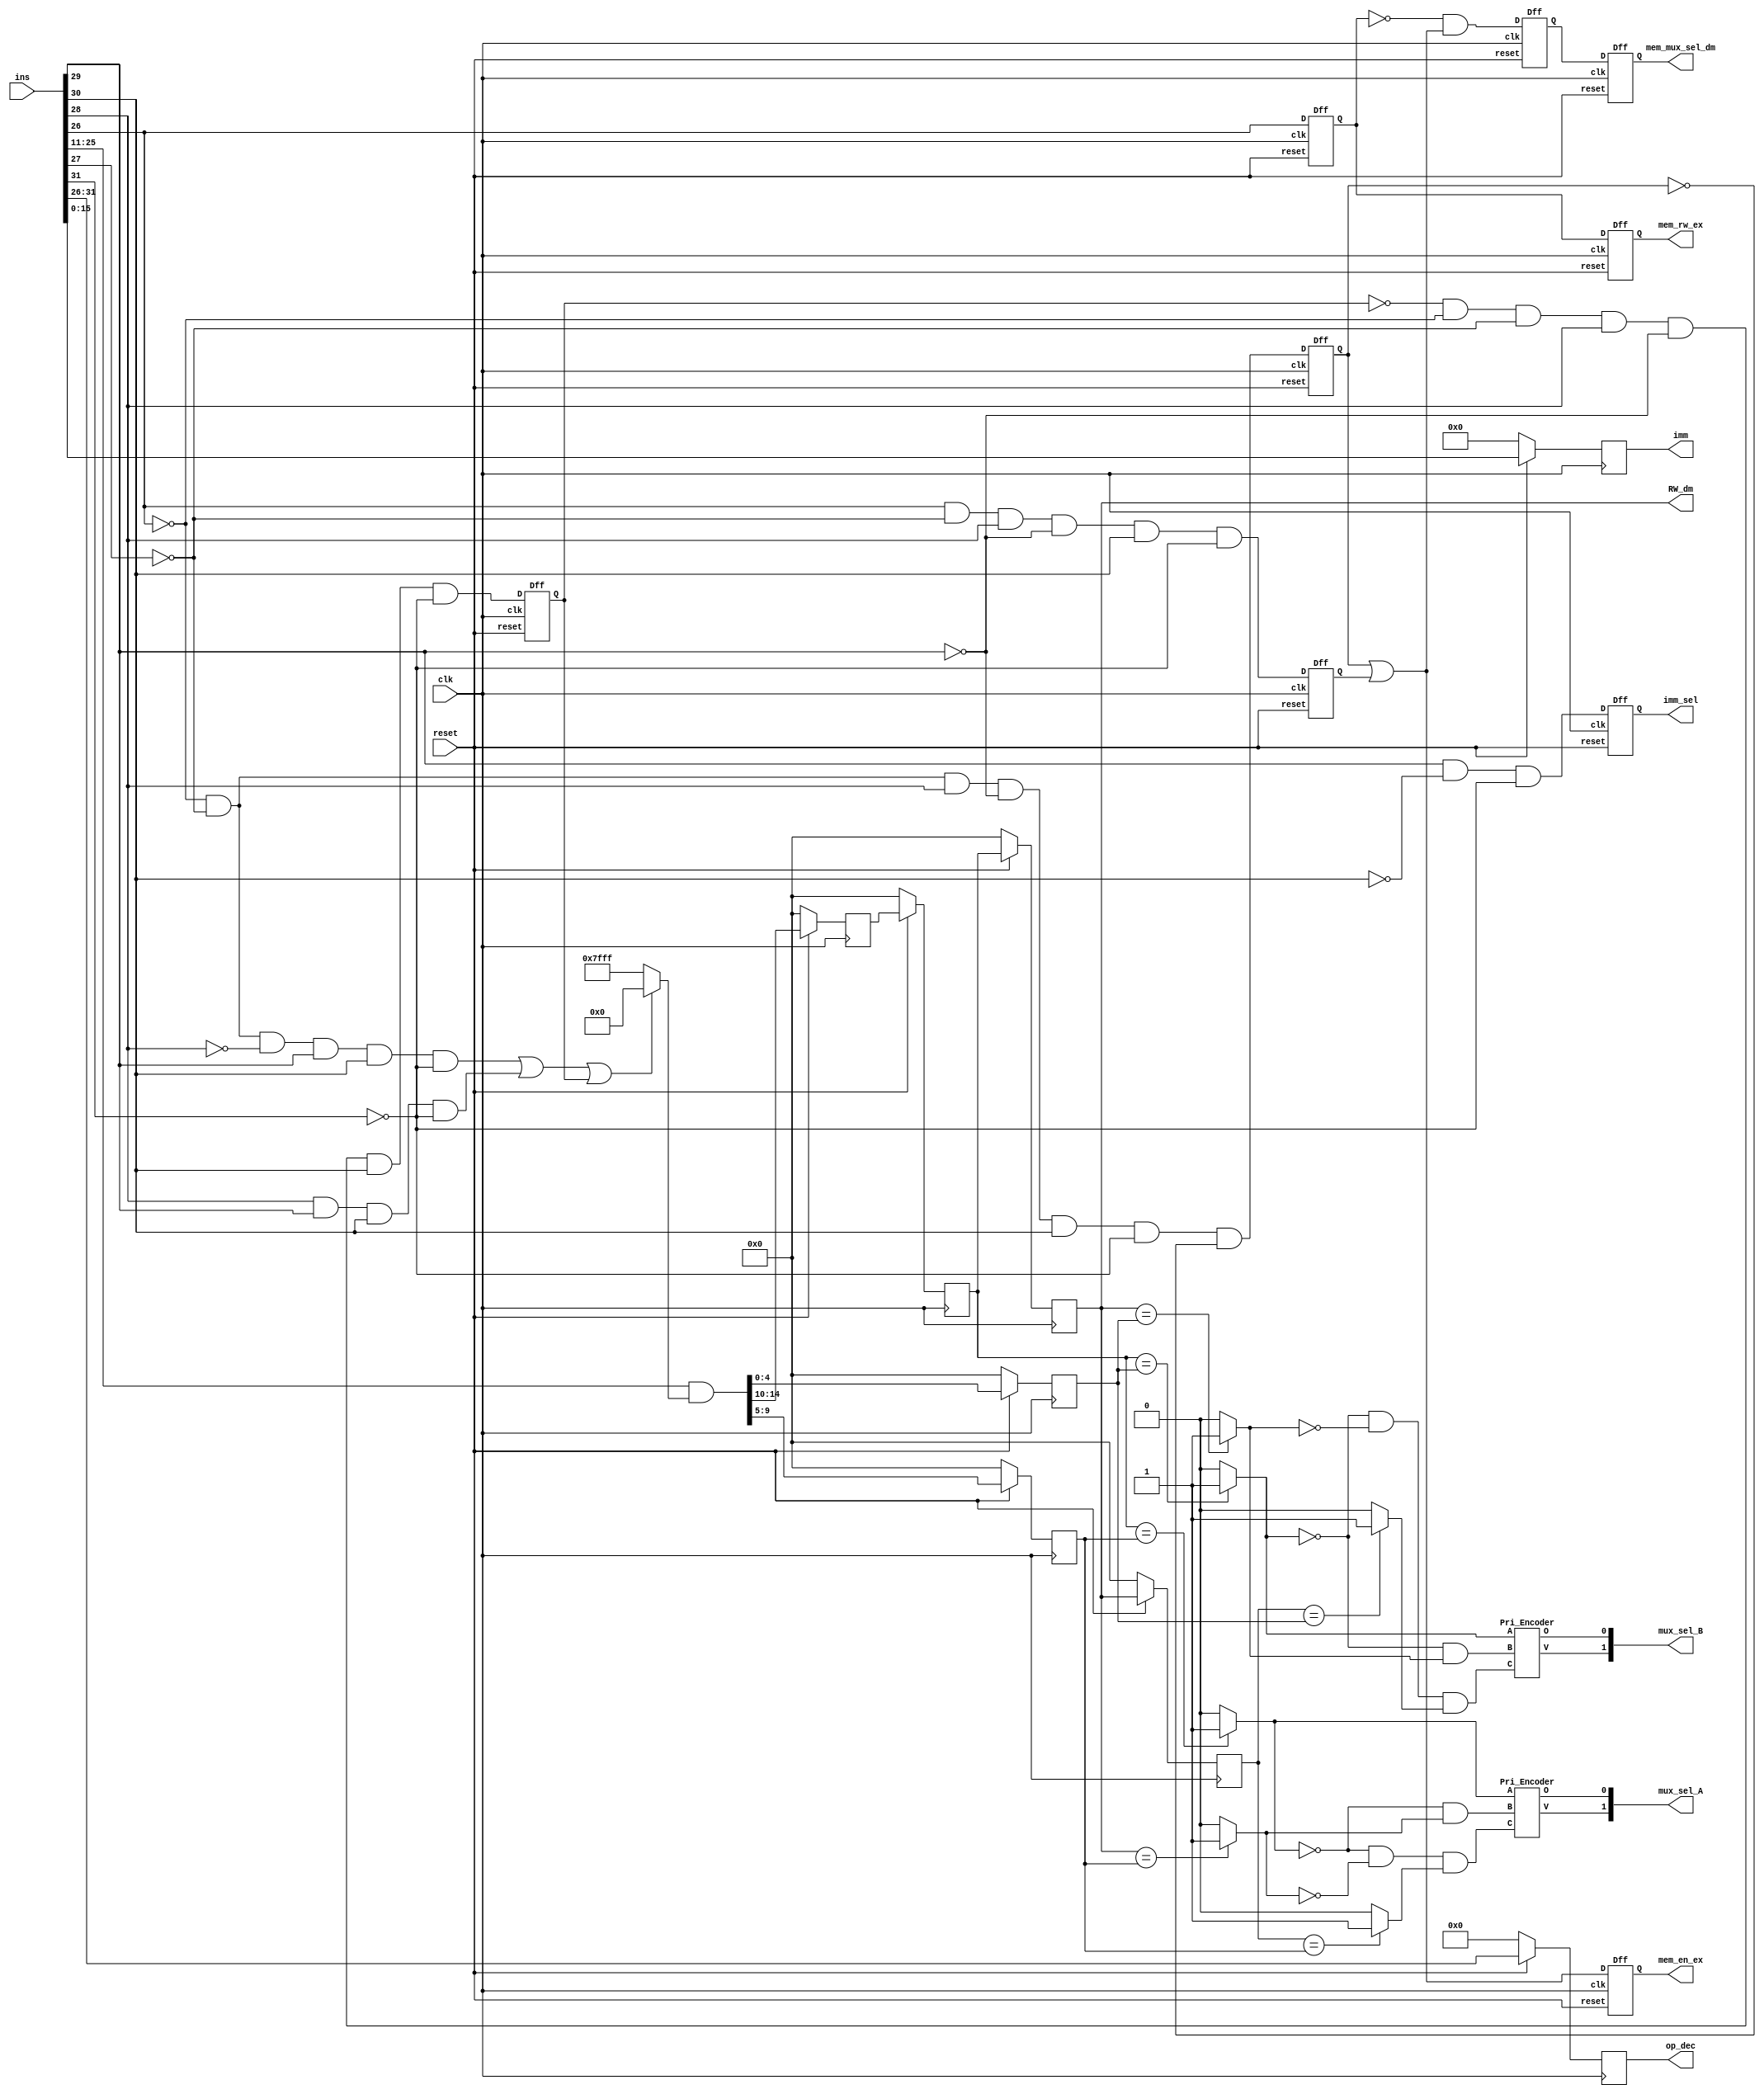
`timescale 1ns / 1ps
//////////////////////////////////////////////////////////////////////////////////
// Company: 
// Engineer: 
// 
// Design Name: 
// Module Name:    Dependency_Check_Block 
// Project Name: 
// Target Devices: 
// Tool versions: 
// Description: 
//
// Dependencies: 
//
// Revision: 
// Revision 0.01 - File Created
// Additional Comments: 
//
//////////////////////////////////////////////////////////////////////////////////
module Dependency_Check_Block(
    input [31:0] ins,
    input clk,
    input reset,
    output reg [15:0] imm,
    output reg [5:0] op_dec,
    output [4:0] RW_dm,
    output [1:0] mux_sel_A,
    output [1:0] mux_sel_B,
    output imm_sel,
    output  mem_en_ex,
    output mem_rw_ex,
    output mem_mux_sel_dm
    );
	 
	 //ins, JMP, Cond_J, LD_fb mate no code
	 wire LD_fb_dff;
	 wire [14:0]ins_w2;
	 wire [5:0]op;
	 wire JMP, Cond_J, LD_fb, Imm, LD, ST;
	 
	 
	 assign op = ins[31:26];
	 assign ins_w2 = ins[25:11]; 
	 
	 Dff d1(LD_fb, clk, LD_fb_dff, reset);
	 
	 
	 assign JMP = (~op[0] & ~op[1] & ~op[2] & op[3] & op[4] & ~op[5]);
	 assign Cond_J = (op[2] & op[3] & op[4] & ~op[5]);	
	 assign LD_fb = (~LD_fb_dff & ~op[0] & ~op[1] & op[2] & ~op[3] & op[4] & ~op[5]); 
	 assign Imm = (op[3] & ~op[4] & ~op[5]);
	 assign LD = (~op[0] & ~op[1] & op[2] & ~op[3] & op[4] & ~op[5]);
	 assign ST = (op[0] & ~op[1] & op[2] & ~op[3] & op[4] & ~op[5]);
	 
	 
	 wire JnC;
	 assign JnC = ~(JMP | Cond_J | LD_fb_dff);
	 
	 wire [14:0]JnC_ext;
	 assign JnC_ext = (JnC==1'b1) ? 15'b111111111111111 : 15'b0;
	 
	 
	 wire [14:0]ins_AND;
	 assign ins_AND = (ins_w2 & JnC_ext);
	 
	 wire [4:0]ins_AND_1;
	 wire [4:0]ins_AND_2;
	 wire [4:0]ins_AND_3;
	 reg [4:0]ins1;
	 reg [4:0]ins2;
	 reg [4:0]ins3;
	 reg [4:0]ins21;
	 reg [4:0]ins22;
	 reg [4:0]ins23;
	 
	 assign ins_AND_1 = ins_AND[4:0];	
	 assign ins_AND_2 = ins_AND[9:5];
	 assign ins_AND_3 = ins_AND[14:10];
	 
	 assign RW_dm = ins22;
	 
	 always@(posedge clk)
begin
	if(reset==1'b1)
	begin
		imm<= ins[15:0];
		op_dec <= ins[31:26];
	
		ins1 <= ins_AND_2;
		ins2 <= ins_AND_3;
		ins3 <= ins_AND_1;
		ins21 <= ins2;
		ins22 <= ins21;
		ins23 <= ins22;
		
		
	end
	else
	begin
	
		imm = 15'b0;
		op_dec = 6'b0;
		//RW_dm = 5'b0;
		
		ins1 = 5'b0;
		ins2 = 5'b0;
		ins3 = 5'b0;
		ins21 = 5'b0;
		ins22 = 5'b0;
		ins23 = 5'b0;
	
	end
end

	 wire comp1, comp2, comp3, comp4, comp5, comp6;
	 assign comp1 = (ins21==ins1) ? 1'b1 : 1'b0;
	 assign comp2 = (ins22==ins1) ? 1'b1 : 1'b0;
	 assign comp3 = (ins23==ins1) ? 1'b1 : 1'b0;
	 assign comp4 = (ins21==ins3) ? 1'b1 : 1'b0;
	 assign comp5 = (ins22==ins3) ? 1'b1 : 1'b0;
	 assign comp6 = (ins23==ins3) ? 1'b1 : 1'b0;
	 
	 wire C_and1, C_and2, C_and3, C_and4;
	 assign C_and1 = (~comp1 & comp2);
	 assign C_and2 = (~comp1 & ~comp2 & comp3);
	 assign C_and3 = (~comp4 & comp5);
	 assign C_and4 = (~comp4 & ~comp5 & comp6);
	 
	 Pri_Encoder P1(comp1, C_and1, C_and2, mux_sel_A[0], mux_sel_A[1]);
	 Pri_Encoder P2(comp4, C_and3, C_and4, mux_sel_B[0], mux_sel_B[1]);
	  
	 
	 //LD mate karu chu, ST mate pan karu chu
	 wire LD_bh, dff2_out, dff3_out, dff4_out;
	 
	 Dff d2(op[0], clk, dff2_out, reset);
	 Dff d3(LD_bh, clk, dff3_out, reset);
	 Dff d4(ST, clk, dff4_out, reset);
	 
	 assign LD_bh = (LD & ~dff3_out);
	 
	 wire or1, LS_and1, dff6_out;
	 assign or1 = (dff3_out | dff4_out);
	 assign LS_and1 = (~dff2_out & or1);
	 
	 Dff d5(dff2_out, clk, mem_rw_ex, reset);
	 Dff d6(LS_and1, clk, dff6_out, reset);
	 Dff d7(or1, clk,  mem_en_ex, reset);
	 
	 Dff d8(dff6_out, clk, mem_mux_sel_dm, reset);
	 
	 //Imm mate no code
	 Dff d9(Imm, clk, imm_sel, reset);


endmodule

module Dff(
	input D ,
	input clk,
	output reg Q ,
	input reset
	);

	always@(posedge clk)
	begin
	if(reset)
	begin
	Q <= D ;
	end
	else
	begin
	Q <= 0;
	end
	end
	
endmodule

module Pri_Encoder(input A,
input B,
input C, output O,
output V);

assign O = (C | (~B & A) );
assign V = (B | C);

endmodule